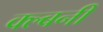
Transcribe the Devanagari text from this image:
क्ल्बनी